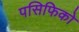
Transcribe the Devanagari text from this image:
पसिफिको